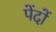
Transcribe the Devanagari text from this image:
पेंदों